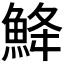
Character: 𩷄